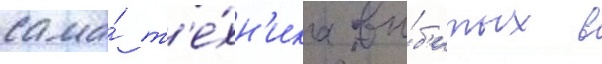
сама́ т'е́хн'ика вы́б'итых в